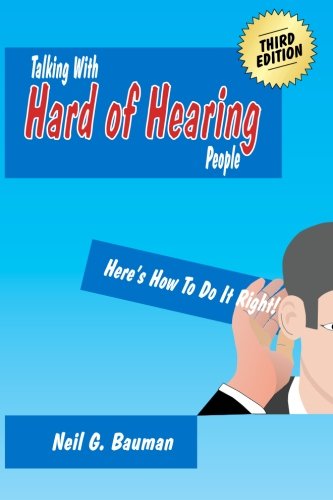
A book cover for Talking with Hard of Hearing People  (3rd Edition): Here's How to Do It Right!; Neil G. Bauman; Health, Fitness & Dieting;